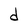
Character: d